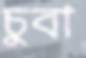
চুবা